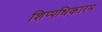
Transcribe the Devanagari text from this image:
शिप्पधिकारम